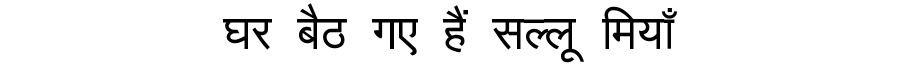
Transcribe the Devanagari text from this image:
घर बैठ गए हैं सल्लू मियाँ